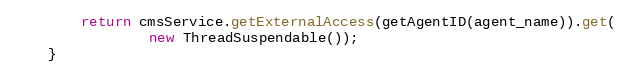
Language: Java
        return cmsService.getExternalAccess(getAgentID(agent_name)).get(
                new ThreadSuspendable());
    }